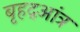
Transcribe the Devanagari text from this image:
बृहद्आंत्र